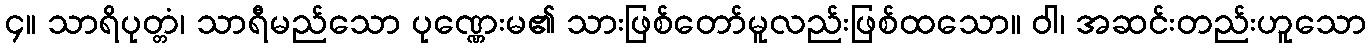
၄။ သာရိပုတ္တံ၊ သာရီမည်သော ပုဏ္ဏေးမ၏ သားဖြစ်တော်မူလည်းဖြစ်ထသော။ ဝါ၊ အဆင်းတည်းဟူသော